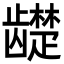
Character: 𬺓